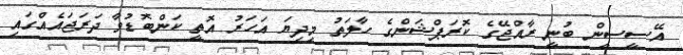
އޭސީސީން ބުނީ ރާއްޖޭގެ ކޮރަޕްޝަންގެ ހާލަތު މިދިޔަ އަހަރު އޮތީ ކަންބޮޑުވާ ދަރަޖައެއްގައި